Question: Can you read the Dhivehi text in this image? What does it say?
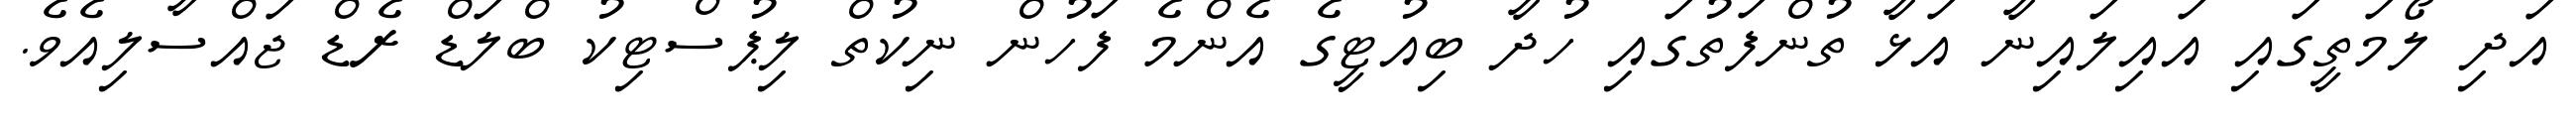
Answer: އަދި ލޯމަތީގައި އައިލައިނާ އަޅާ ތުންފަތުގައި ހުދާ ބިއުޓީގެ އެންމެ ފަހުން ނިކުތް ލިޕުސްޓިކު ބްލަޑް ރެޑް ޖައްސާލިއެވެ.